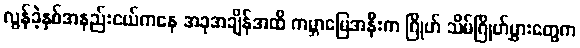
လွန်ခဲ့နှစ်အနည်းငယ်ကနေ အခုအချိန်အထိ ကမ္ဘာမြေအနီးက ဂြိုဟ် သိမ်ဂြိုဟ်မွှားတွေက